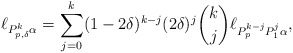
\begin{align*} \ell_{P_{p,\delta}^k \alpha} = \sum_{j=0}^k (1-2\delta)^{k-j} (2\delta)^j \binom{k}{j} \ell_{P_p^{k-j}P_1^j\alpha }, \end{align*}